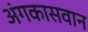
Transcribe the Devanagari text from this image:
अंगकासवान